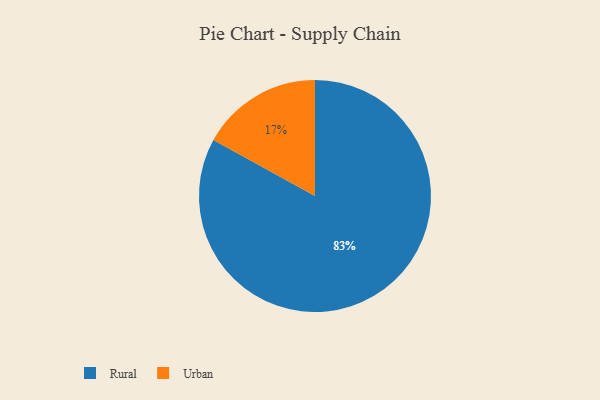
{"axis": {"x": "Category", "y": "Percentage"}, "legend": ["Rural", "Urban"], "data": [{"x": "Urban", "y": 17, "type": "Urban"}, {"x": "Rural", "y": 83, "type": "Rural"}]}